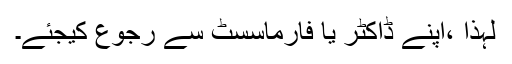
لہٰذا ،اپنے ڈاکٹر یا فارماسسٹ سے رجوع کیجئے۔